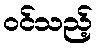
ဝင်သည့်